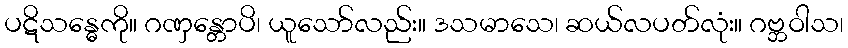
ပဋိသန္ဓေကို။ ဂဏှန္တောပိ၊ ယူသော်လည်း။ ဒသမာသေ၊ ဆယ်လပတ်လုံး။ ဂဗ္ဘဝါသ၊